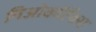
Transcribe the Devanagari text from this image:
निओकॉर्टेक्स